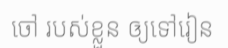
ចៅ របស់ខ្លួន ឲ្យទៅរៀន